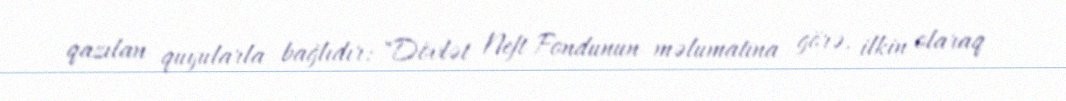
qazılan quyularla bağlıdır: "Dövlət Neft Fondunun məlumatına görə, ilkin olaraq